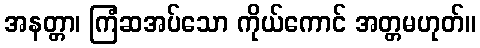
အနတ္တာ၊ ကြံဆအပ်သော ကိုယ်ကောင် အတ္တမဟုတ်။